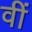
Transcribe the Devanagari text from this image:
वीं